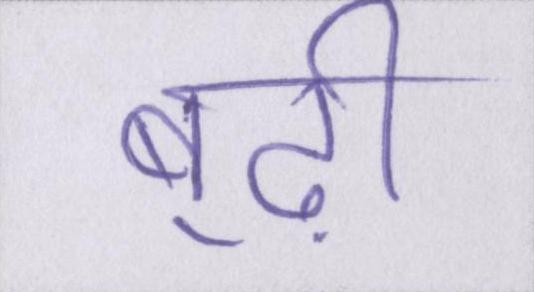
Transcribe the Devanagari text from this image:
बूढ़ी